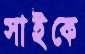
সাইকে